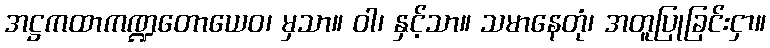
အဋ္ဌကထာကဏ္ဍတောယေဝ၊ မှသာ။ ဝါ၊ နှင့်သာ။ သမာနေတုံ၊ အတူပြုခြင်းငှာ။